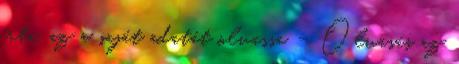
írta, az a saját adatát olvassa – Olvasás az